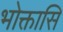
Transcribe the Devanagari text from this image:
भोक्तासि